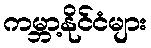
ကမ္ဘာ့နိုင်ငံများ